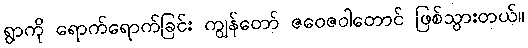
ရွာကို ရောက်ရောက်ခြင်း ကျွန်တော် ဇဝေဇဝါတောင် ဖြစ်သွားတယ်။